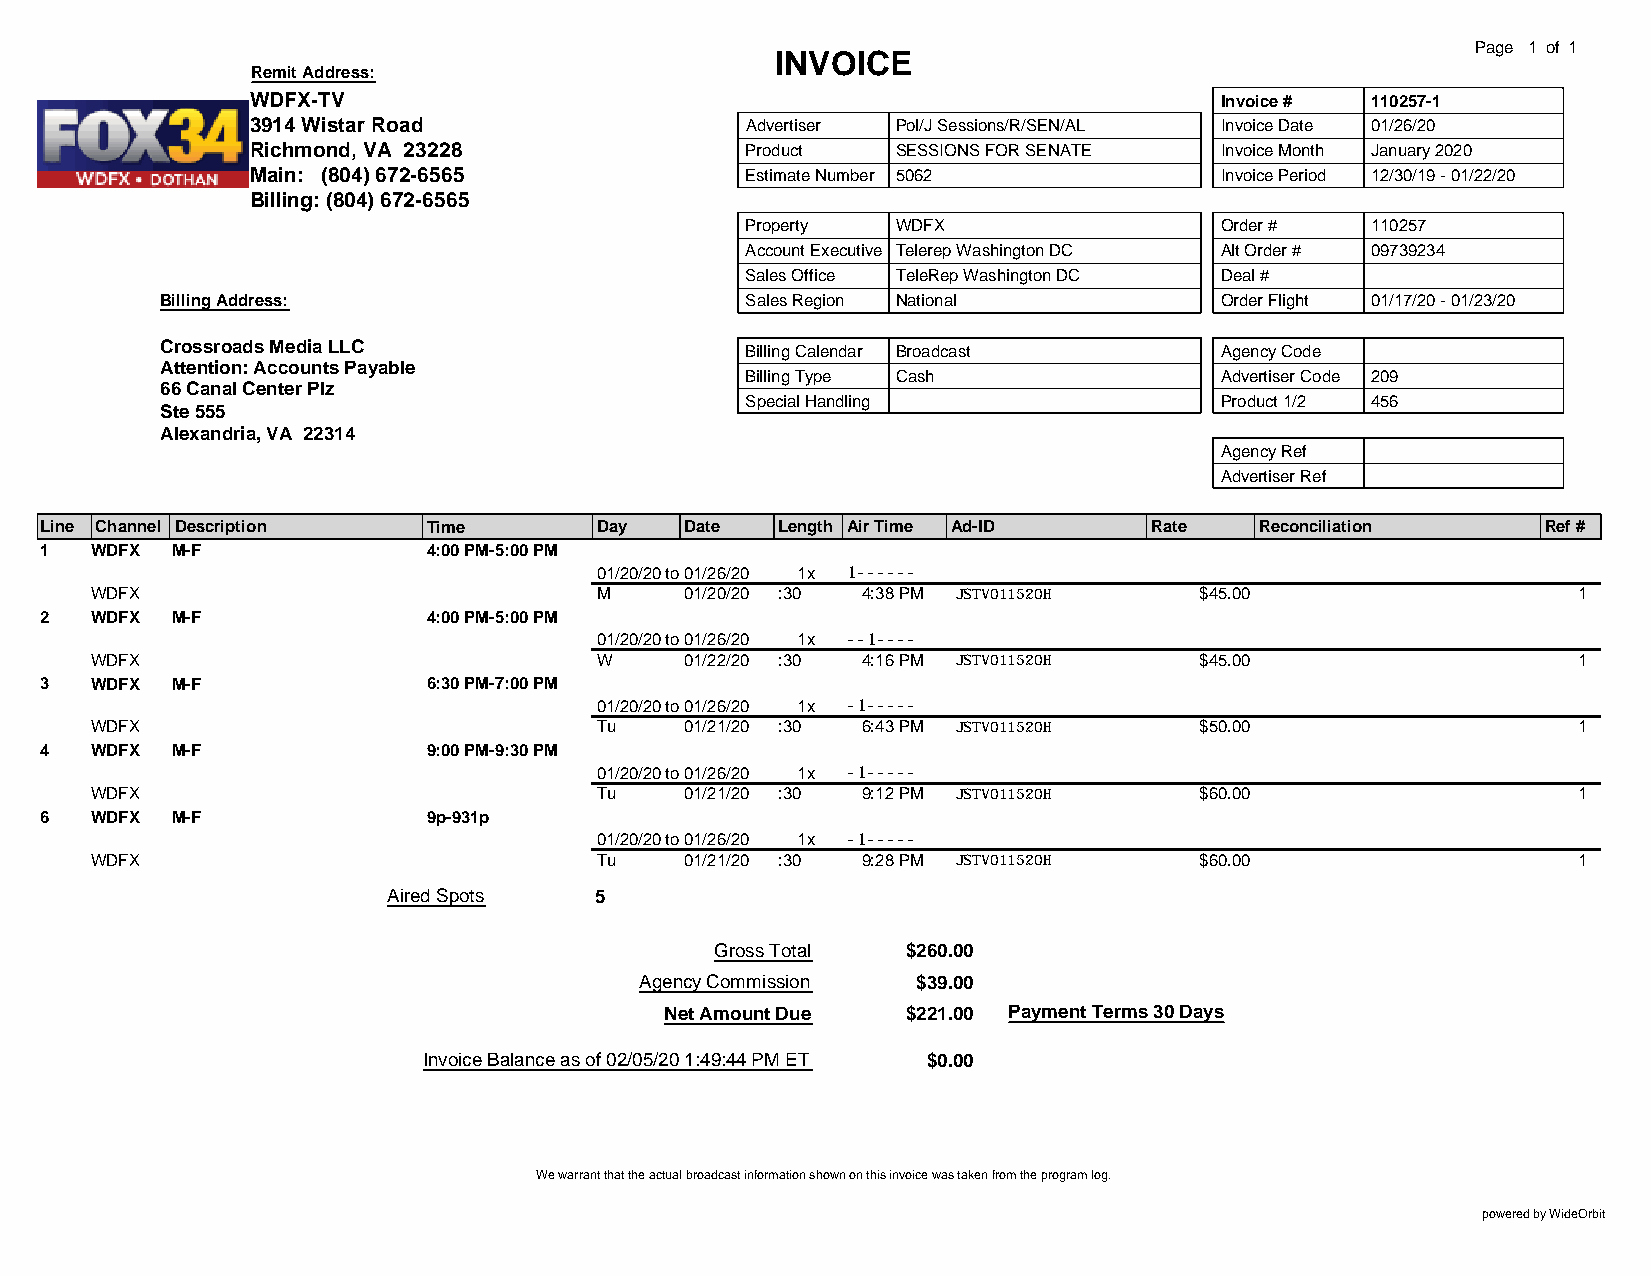
Page 1 of 1
 INVOICE
 Remit Address:
 WDFX-TV                                                         Invoice # 110257-1
 3914 Wistar Road                Advertiser Pol/J Sessions/R/SEN/AL Invoice Date 01/26/20
 Richmond, VA 23228              Product   SESSIONS FOR SENATE   Invoice Month January 2020
 Main: (804) 672-6565            Estimate Number 5062            Invoice Period 12/30/19 - 01/22/20
 Billing: (804) 672-6565
 Property  WDFX                  Order #   110257
 Account Executive Telerep Washington DC Alt Order # 09739234
 Sales Office TeleRep Washington DC Deal #
 Billing Address:                      Sales Region National           Order Flight 01/17/20 - 01/23/20
 Crossroads Media LLC                  Billing Calendar Broadcast      Agency Code
 Attention: Accounts Payable
 Billing Type Cash               Advertiser Code 209
 66 Canal Center Plz
 Special Handling                Product 1/2 456
 Ste 555
 Alexandria, VA 22314
 Agency Ref
 Advertiser Ref
 Line Channel Description Time       Day   Date  Length Air Time Ad-ID    Rate   Reconciliation     Ref #
 1  WDFX M-F              4:00 PM-5:00 PM
 01/20/20to01/26/20 1x 1------
 WDFX                             M     01/20/20 :30 4:38 PM JSTV011520H  $45.00                   1
 2  WDFX M-F              4:00 PM-5:00 PM
 01/20/20to01/26/20 1x --1----
 WDFX                             W     01/22/20 :30 4:16 PM JSTV011520H  $45.00                   1
 3  WDFX M-F              6:30 PM-7:00 PM
 01/20/20to01/26/20 1x -1-----
 WDFX                             Tu    01/21/20 :30 6:43 PM JSTV011520H  $50.00                   1
 4  WDFX M-F              9:00 PM-9:30 PM
 01/20/20to01/26/20 1x -1-----
 WDFX                             Tu    01/21/20 :30 9:12 PM JSTV011520H  $60.00                   1
 6  WDFX M-F              9p-931p
 01/20/20to01/26/20 1x -1-----
 WDFX                             Tu    01/21/20 :30 9:28 PM JSTV011520H  $60.00                   1
 Aired Spots  5
 Gross Total  $260.00
 Agency Commission  $39.00
 Net Amount Due  $221.00 Payment Terms 30 Days
 Invoice Balance as of 02/05/20 1:49:44 PM ET $0.00
 We warrant that the actual broadcast information shown on this invoice was taken from the program log.
 powered by WideOrbit